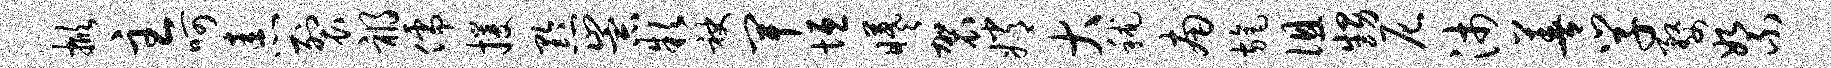
掀主呵恚裂祸儒攫黔崇款袂卑垣曦袈嫦大秫南旄徂甥尼沛善学婺絮